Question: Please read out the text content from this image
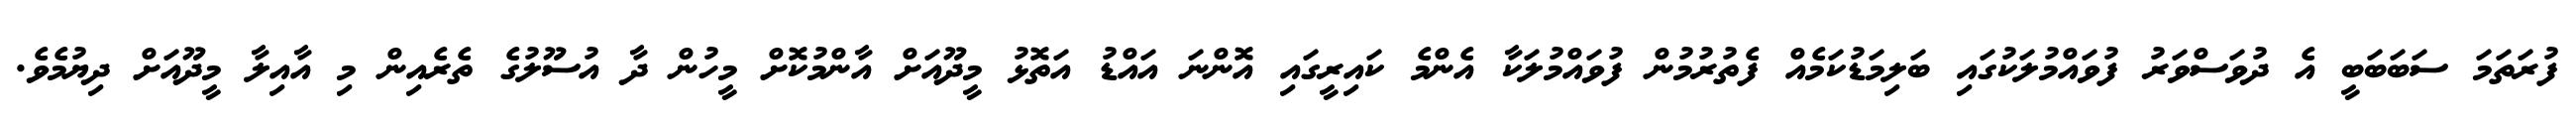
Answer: ފުރަތަމަ ސަބަބަބީ އެ ދުވަސްވަރު ފުވައްމުލަކުގައި ބަލިމަޑުކަމެއް ފެތުރުމުން ފުވައްމުލަކާ އެންމެ ކައިރީގައި އޮންނަ އައްޑު އަތޮޅު މީދޫއަށް އާންމުކޮށް މީހުން ދާ އުސޫލުގެ ތެރެއިން މި އާއިލާ މީދޫއަށް ދިޔުމެވެ.